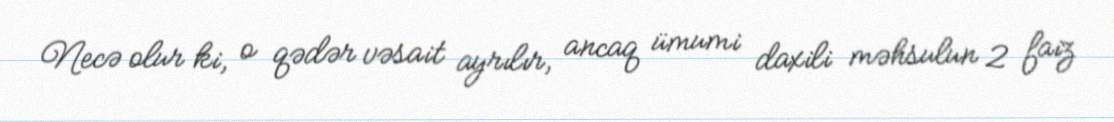
Necə olur ki, o qədər vəsait ayrılır, ancaq ümumi daxili məhsulun 2 faiz